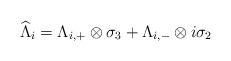
\begin{align*}\widehat{\Lambda}_i=\Lambda_{i,+}\otimes \sigma_3+\Lambda_{i,-}\otimes i\sigma_2 \end{align*}